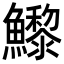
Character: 𩼽